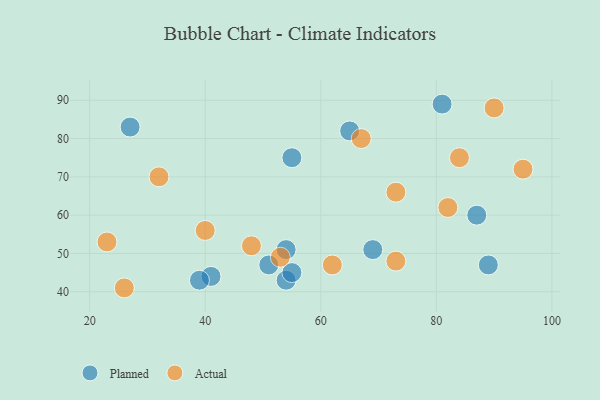
{"axis": {"x": "GDP", "y": "Life Expectancy"}, "legend": ["Actual", "Planned"], "data": [{"x": "41", "y": 44, "type": "Planned"}, {"x": "54", "y": 51, "type": "Planned"}, {"x": "54", "y": 43, "type": "Planned"}, {"x": "51", "y": 47, "type": "Planned"}, {"x": "87", "y": 60, "type": "Planned"}, {"x": "89", "y": 47, "type": "Planned"}, {"x": "81", "y": 89, "type": "Planned"}, {"x": "55", "y": 75, "type": "Planned"}, {"x": "27", "y": 83, "type": "Planned"}, {"x": "69", "y": 51, "type": "Planned"}, {"x": "55", "y": 45, "type": "Planned"}, {"x": "39", "y": 43, "type": "Planned"}, {"x": "65", "y": 82, "type": "Planned"}, {"x": "90", "y": 88, "type": "Actual"}, {"x": "62", "y": 47, "type": "Actual"}, {"x": "95", "y": 72, "type": "Actual"}, {"x": "23", "y": 53, "type": "Actual"}, {"x": "26", "y": 41, "type": "Actual"}, {"x": "73", "y": 66, "type": "Actual"}, {"x": "67", "y": 80, "type": "Actual"}, {"x": "82", "y": 62, "type": "Actual"}, {"x": "53", "y": 49, "type": "Actual"}, {"x": "48", "y": 52, "type": "Actual"}, {"x": "84", "y": 75, "type": "Actual"}, {"x": "32", "y": 70, "type": "Actual"}, {"x": "40", "y": 56, "type": "Actual"}, {"x": "73", "y": 48, "type": "Actual"}]}